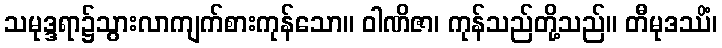
သမုဒ္ဒရာ၌သွားလာကျက်စားကုန်သော။ ဝါဏိဇာ၊ ကုန်သည်တို့သည်။ တီမုဒဿိံ၊